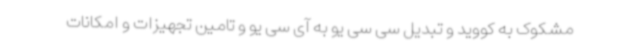
مشکوک به کووید و تبدیل سی سی یو به آی سی یو و تامین تجهیزات و امکانات